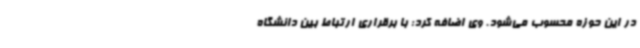
در این حوزه محسوب می‌شود. وی اضافه کرد: با برقراری ارتباط بین دانشگاه